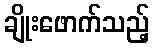
ချိုးဖောက်သည့်